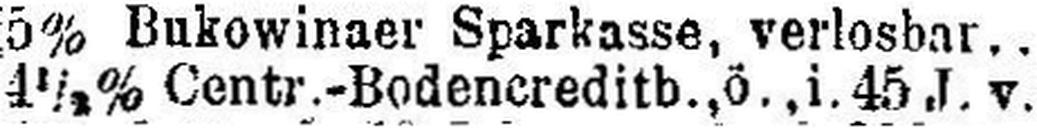
4½% Centr.-Bodencreditb., ö., i. 45 J. v.